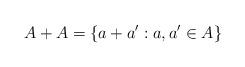
LaTeX: \begin{align*}A+A = \{a+a': a,a' \in A\}\end{align*}